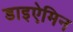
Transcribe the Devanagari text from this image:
डाइऐमिन